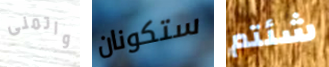
واتمنى ستكونان شئتم